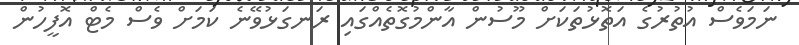
ނަމަވެސް އުތުރުގެ އަތޮޅުތަކަށް މޫސުން އާންމުގޮތެއްގައި ރަނގަޅުވޭނެ ކަމަށް ވެސް މެޓް އޮފީހުން